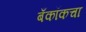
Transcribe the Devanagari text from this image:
बँकॉकचा